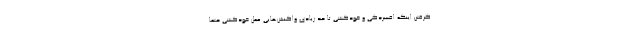
‌گرفتن اینکه افسردگی و خودکشی تا حد زیادی واکنش‌هایی عملِ خودکشی حتماً